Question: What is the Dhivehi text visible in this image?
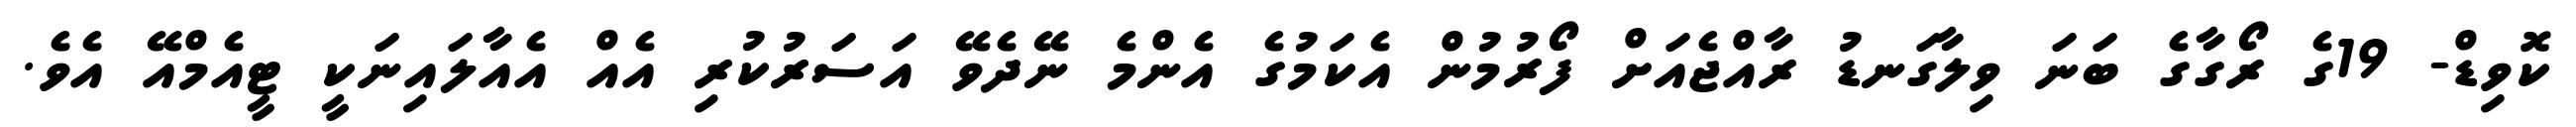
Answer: ކޮވިޑް- 19ގެ ރޯގާގެ ބަނަ ވިލާގަނޑު ރާއްޖެއަށް ފޯރުމުން އެކަމުގެ އެންމެ ނޭދެވޭ އަސަރުކުރި އެއް އެއާލައިނަކީ ޓީއެމްއޭ އެވެ.